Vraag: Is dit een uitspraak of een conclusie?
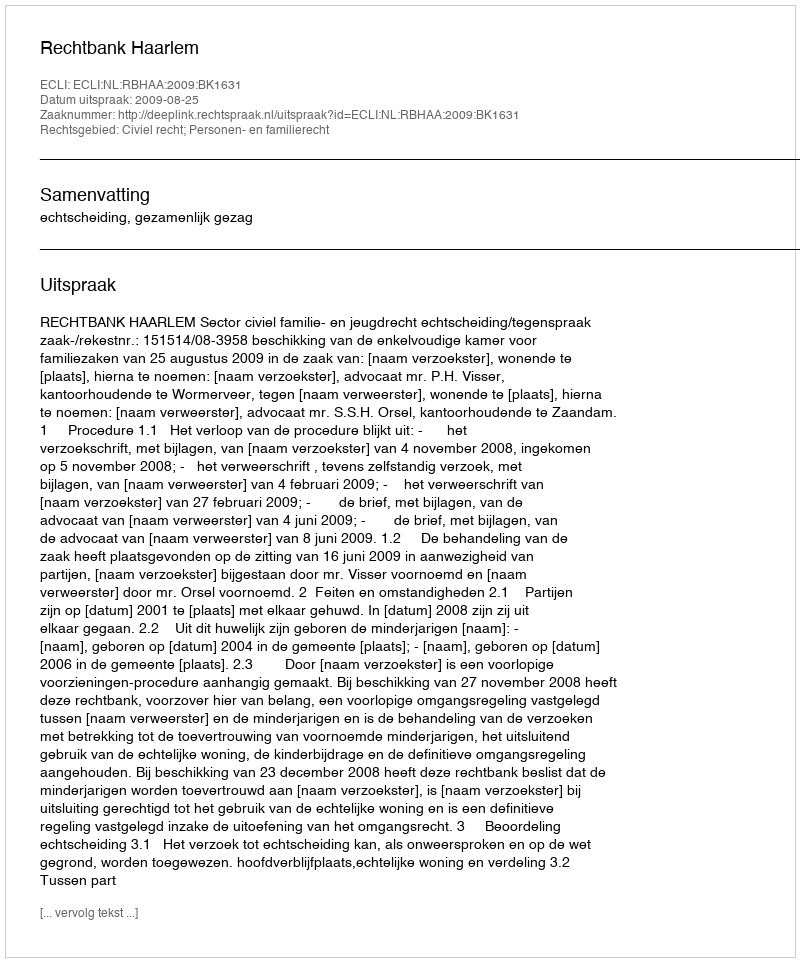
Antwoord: Uitspraak